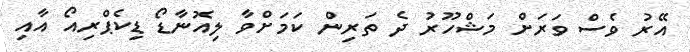
އޭރު ވެސް ވަރަށް މަޝްހޫރު ދެ ތަރިން ކަމަށްވާ ލިއޮނާޑޯ ޑިކެޕްރިއޯ އާއި